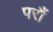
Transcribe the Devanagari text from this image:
परौं